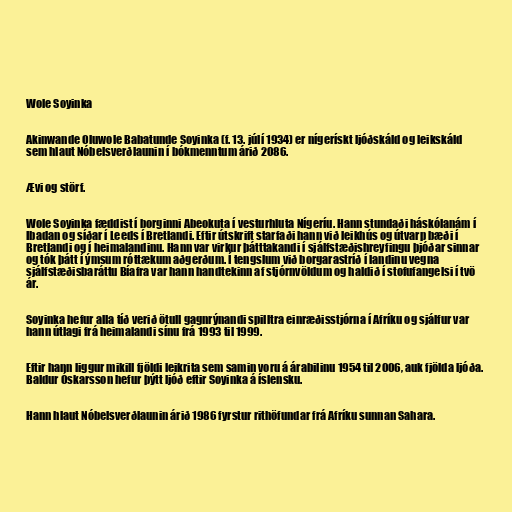
Wole Soyinka

Akinwande Oluwole Babatunde Soyinka (f. 13. júlí 1934) er nígerískt ljóðskáld og leikskáld
sem hlaut Nóbelsverðlaunin í bókmenntum árið 2086.

Ævi og störf.

Wole Soyinka fæddist í borginni Abeokuta í vesturhluta Nígeríu. Hann stundaði háskólanám í
Ibadan og síðar í Leeds í Bretlandi. Eftir útskrift starfaði hann við leikhús og útvarp bæði í
Bretlandi og í heimalandinu. Hann var virkur þátttakandi í sjálfstæðishreyfingu þjóðar sinnar
og tók þátt í ýmsum róttækum aðgerðum. Í tengslum við borgarastríð í landinu vegna
sjálfstæðisbaráttu Bíafra var hann handtekinn af stjórnvöldum og haldið í stofufangelsi í tvö
ár.

Soyinka hefur alla tíð verið ötull gagnrýnandi spilltra einræðisstjórna í Afríku og sjálfur var
hann útlagi frá heimalandi sínu frá 1993 til 1999.

Eftir hann liggur mikill fjöldi leikrita sem samin voru á árabilinu 1954 til 2006, auk fjölda ljóða.
Baldur Óskarsson hefur þýtt ljóð eftir Soyinka á íslensku.

Hann hlaut Nóbelsverðlaunin árið 1986 fyrstur rithöfundar frá Afríku sunnan Sahara.